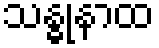
သန္ဓုနာထ